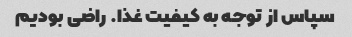
سپاس از توجه به کیفیت غذا. راضی بودیم